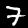
Label: 7